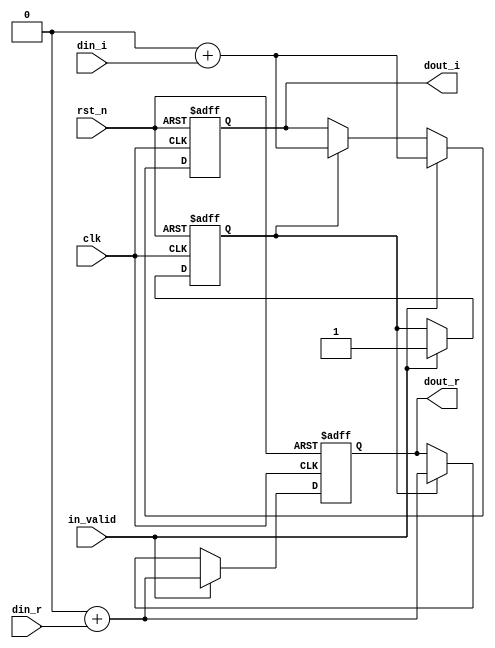
module shift_1(
	input clk,
	input rst_n,
	input in_valid,
	input signed [23:0] din_r,
	input signed [23:0] din_i,
	output signed [23:0] dout_r,
	output signed [23:0] dout_i
);
////////////////////////////////////////////
// Internal signals
reg [23:0] shift_reg_r ;
reg [23:0] shift_reg_i ;
reg [23:0] tmp_reg_r ;
reg [23:0] tmp_reg_i ;
reg [1:0] counter_1,next_counter_1;
reg valid,next_valid;
////////////////////////////////////////////
// Output logic
assign dout_r    = shift_reg_r[23:0];
assign dout_i    = shift_reg_i[23:0];
////////////////////////////////////////////
// Next state logic
always@(*)begin
    next_counter_1 = counter_1 + 2'd1;
    tmp_reg_r      = shift_reg_r;
    tmp_reg_i      = shift_reg_i;
    next_valid     = valid;
end
////////////////////////////////////////////
// State register
always@(posedge clk or negedge rst_n)begin
    if(~rst_n)begin
        shift_reg_r <= 0;
        shift_reg_i <= 0;
        counter_1   <= 0;
        valid       <= 0;
    end
    else 
    if (in_valid)begin
        counter_1        <= next_counter_1;
        shift_reg_r      <= (tmp_reg_r<<24) + din_r;
        shift_reg_i      <= (tmp_reg_i<<24) + din_i;
        valid            <= in_valid;
    end else if(valid)begin
        counter_1        <= next_counter_1;
        shift_reg_r      <= (tmp_reg_r<<24) + din_r;
        shift_reg_i      <= (tmp_reg_i<<24) + din_i;
        valid            <= next_valid;
    end
end

endmodule